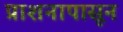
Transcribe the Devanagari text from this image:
प्राशनापासून